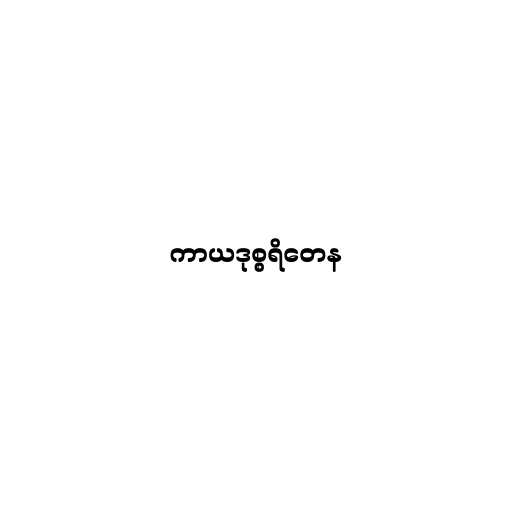
ကာယဒုစ္စရိတေန